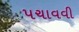
પચાવવી